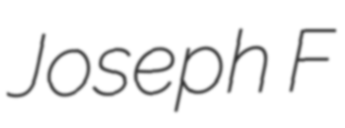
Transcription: Joseph F